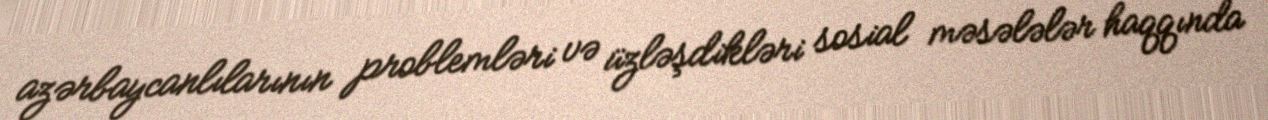
azərbaycanlılarının problemləri və üzləşdikləri sosial məsələlər haqqında